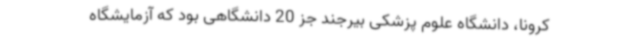
کرونا، دانشگاه علوم پزشکی بیرجند جز 20 دانشگاهی بود که آزمایشگاه